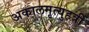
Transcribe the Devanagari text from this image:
अकालमृत्युहर्त्री